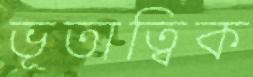
ভূতাত্বিক